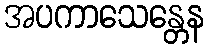
အပကာသေန္တေန